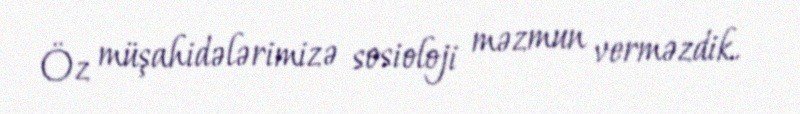
Öz müşahidələrimizə sosioloji məzmun verməzdik.